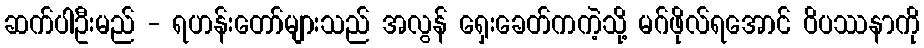
ဆက်ပါဦးမည် - ရဟန်းတော်များသည် အလွန် ရှေးခေတ်ကကဲ့သို့ မဂ်ဖိုလ်ရအောင် ဝိပဿနာကို